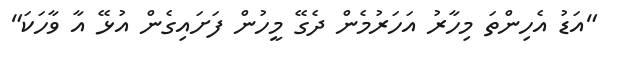
"އަޑު އެހިންތަ މިހާރު އަހަރުމެން ދެގޭ މީހުން ފަށައިގެން އުޅޭ އާ ވާހަކަ"